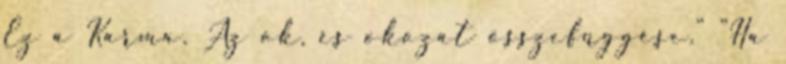
Ez a Karma. Az ok, és okozat összefüggése." "Ha